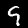
Digit: 9